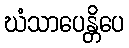
ဃံသာပေန္တိပေ